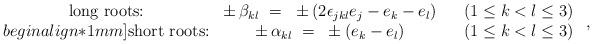
LaTeX: \begin{align*} \begin{array}{cccc} \mbox{long roots:} & \pm \, \beta_{kl}~=~\pm (2 \epsilon_{jkl} e_j - e_k - e_l) & & (1 \leq k < l \leq 3) \\begin{align*}1mm] \mbox{short roots:} & \pm \, \alpha_{kl}~=~\pm (e_k - e_l) & & (1 \leq k < l \leq 3) \end{array}~,\end{align*}